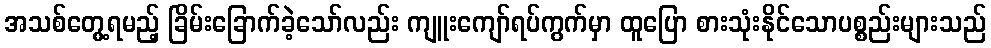
အသစ်တွေ့ရမည့် ခြိမ်းခြောက်ခဲ့သော်လည်း ကျူးကျော်ရပ်ကွက်မှာ ထူပြော စားသုံးနိုင်သောပစ္စည်းများသည်